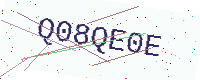
Text: Q08QE0E